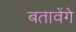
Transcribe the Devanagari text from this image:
बतावेंगे